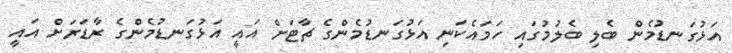
އަޅުގަނޑުމެން ބެލި ބެލުމުގައި ހަމައެކަނި އަޅުގަނޑުމެންގެ ޗާޓަށް އައީ އަޅުގަނޑުމެންގެ ރާޑަރަށް އައީ